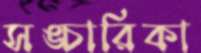
সঙ্চারিকা